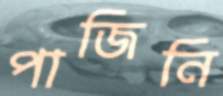
পাজিনি